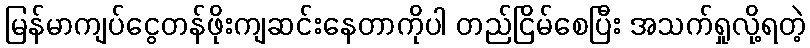
မြန်မာကျပ်ငွေတန်ဖိုးကျဆင်းနေတာကိုပါ တည်ငြိမ်စေပြီး အသက်ရှုလို့ရတဲ့